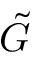
\tilde { G }